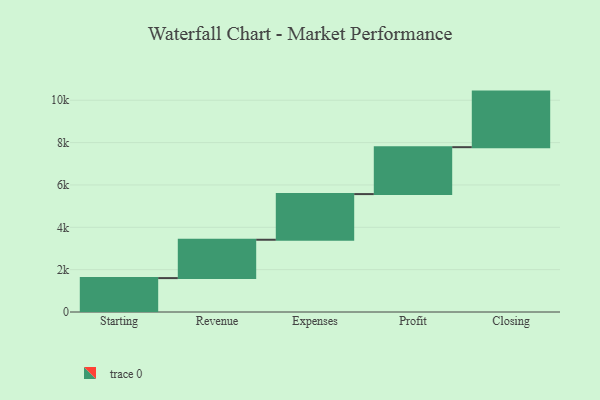
{"axis": {"x": "Step", "y": "Value"}, "legend": [""], "data": [{"x": "Starting", "y": 1601.0, "type": ""}, {"x": "Revenue", "y": 1811.0, "type": ""}, {"x": "Expenses", "y": 2156.0, "type": ""}, {"x": "Profit", "y": 2216.0, "type": ""}, {"x": "Closing", "y": 2624.0, "type": ""}]}